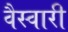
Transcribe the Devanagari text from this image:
वैस्वारी